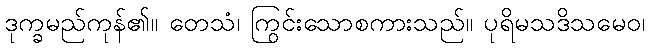
ဒုက္ခမည်ကုန်၏။ တေသံ၊ ကြွင်းသောစကားသည်။ ပုရိမသဒိသမေဝ၊